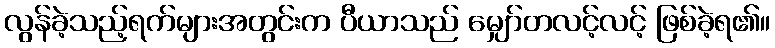
လွန်ခဲ့သည့်ရက်များအတွင်းက ပီယာသည် မျှော်တလင့်လင့် ဖြစ်ခဲ့ရ၏။